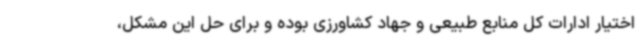
اختیار ادارات کل منابع طبیعی و جهاد کشاورزی بوده و برای حل این مشکل،